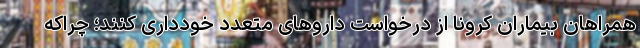
همراهان بیماران کرونا از درخواست دارو‌های متعدد خودداری کنند؛ چراکه